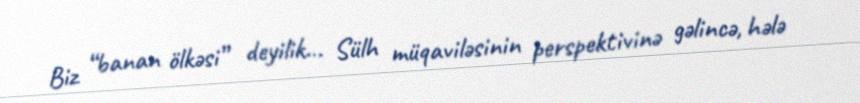
Biz “banan ölkəsi” deyilik... Sülh müqaviləsinin perspektivinə gəlincə, hələ